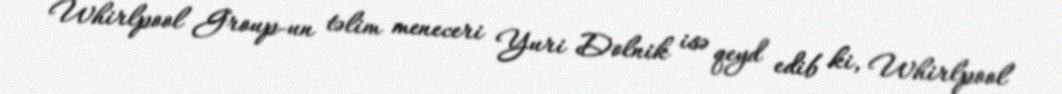
Whirlpool Group-un təlim meneceri Yuri Dolnik isə qeyd edib ki, Whirlpool